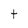
Character: t